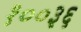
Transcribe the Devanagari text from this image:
१००३६